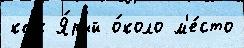
как Я́рый о́коло м'е́сто